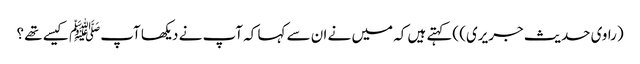
(راوی حدیث جریری) )کہتے ہیں کہ میں نے ان سے کہا کہ آپ نے دیکھا آپﷺ کیسے تھے ؟